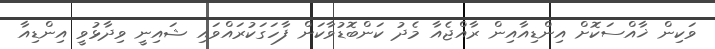
ވަކިން ޚާއްސަކޮށް އިންޑިއާއިން ރާއްޖެއާ މެދު ކަންބޮޑުވާކަން ފާހަގަކުރައްވައި ޝައިނީ ވިދާޅުވީ އިންޑިއާ